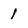
Character: 1